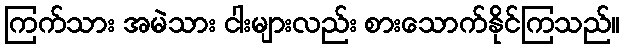
ကြက်သား အမဲသား ငါးများလည်း စားသောက်နိုင်ကြသည်။